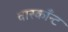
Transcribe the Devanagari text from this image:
वास्काँन्ट